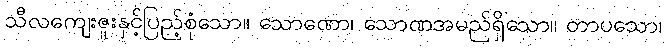
သီလကျေးဇူးနှင့်ပြည့်စုံသော။ သောဏော၊ သောဏအမည်ရှိသော။ တာပသော၊